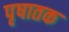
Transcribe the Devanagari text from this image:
पृषातक